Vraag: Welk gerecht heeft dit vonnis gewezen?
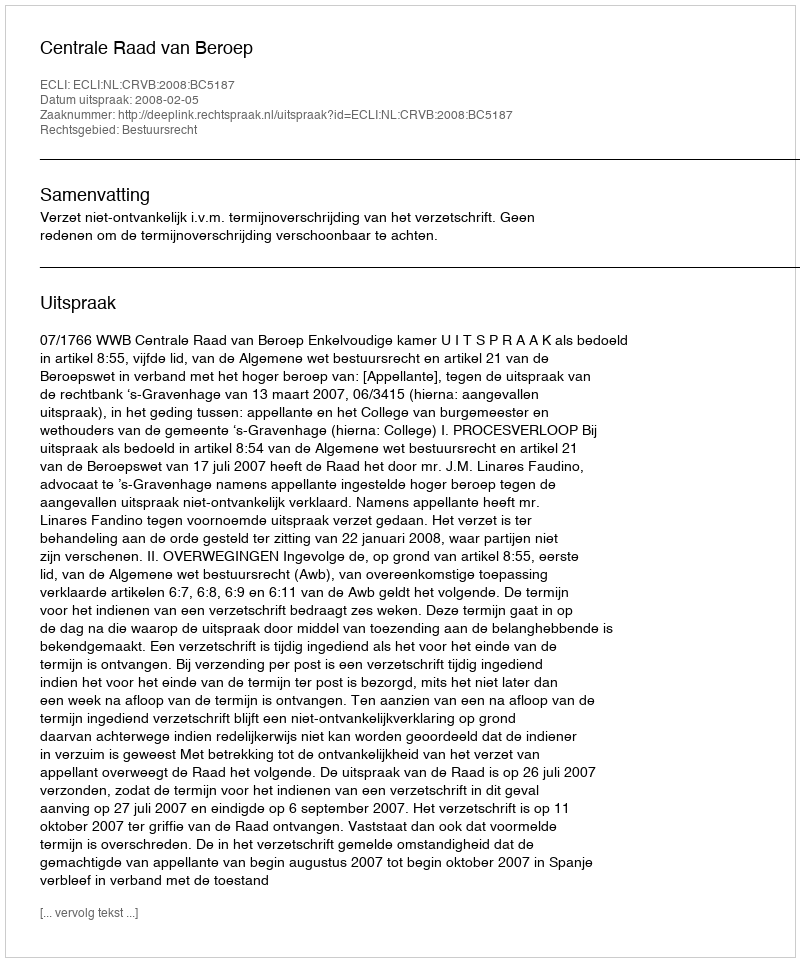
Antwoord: Centrale Raad van Beroep